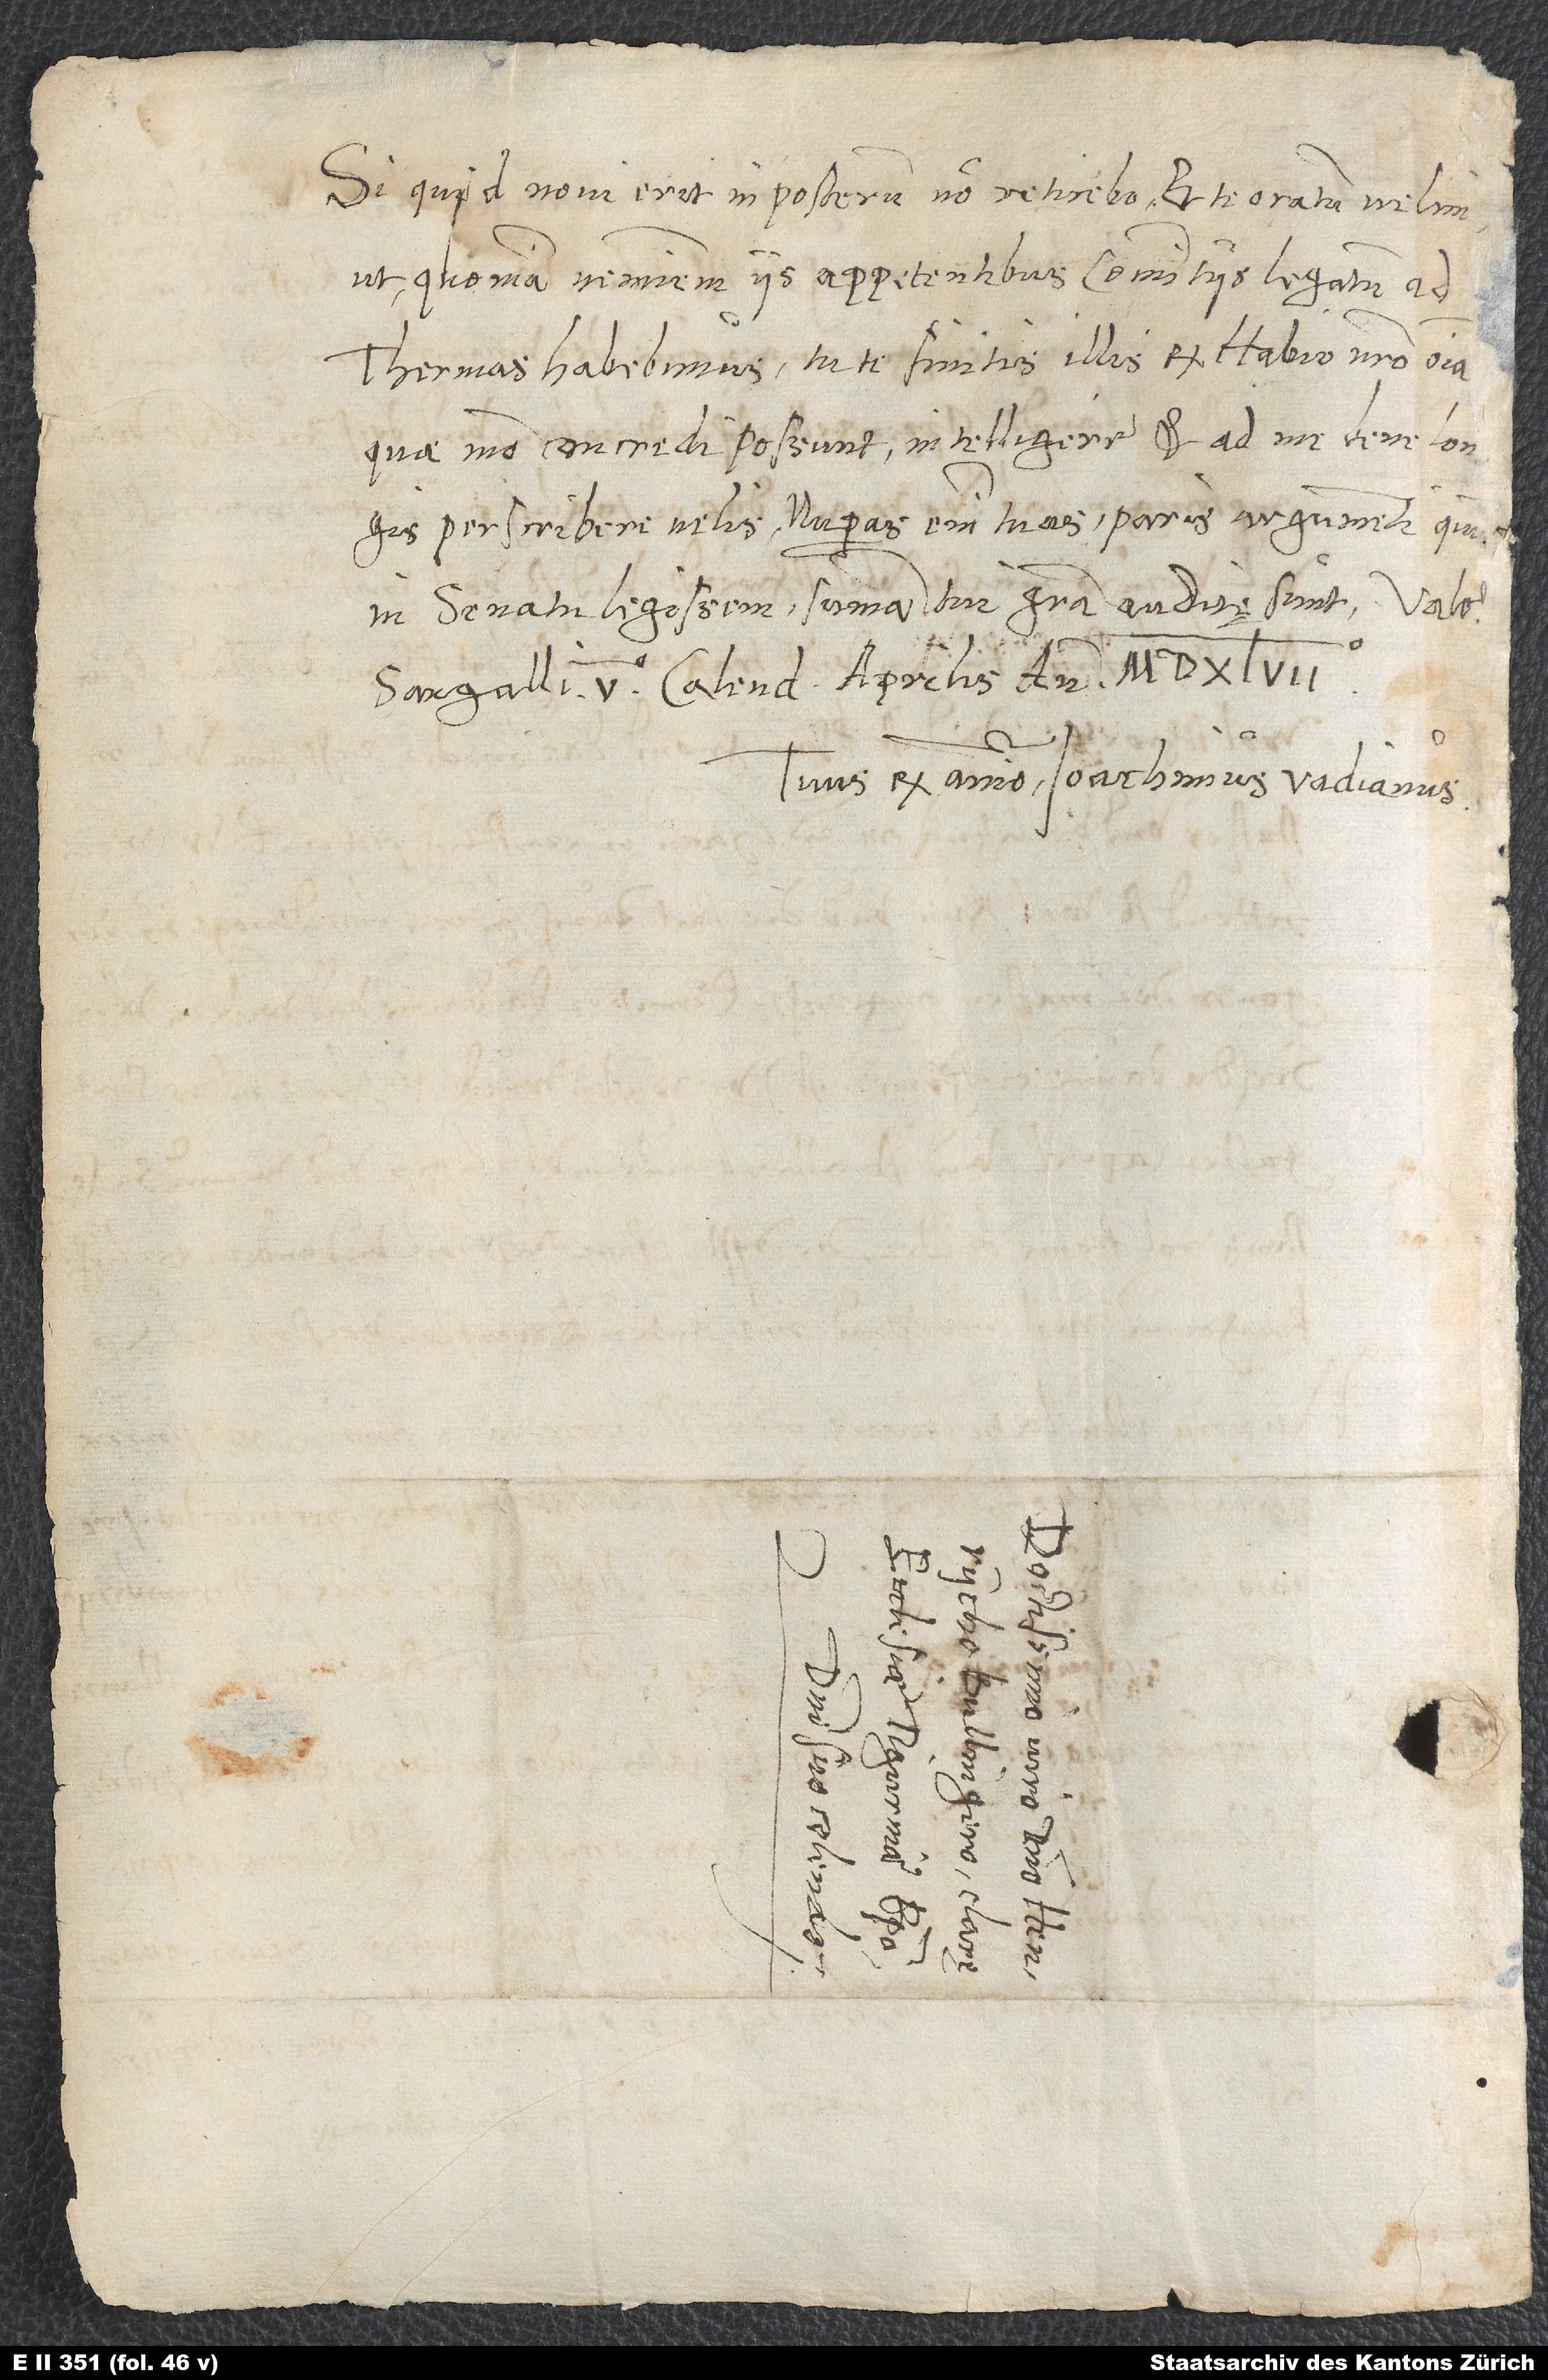
Si quid novi erit in posterum, non reticebo et te oratum velim,
ut, quoniam neminem iis appetentibus commitiis legatum ad
Thermas habebimus, tu te finitis illis ex Habio nostro omnia,
quae modo concredi possunt, intelligere et ad me bene longis
perscribere velis. Nuperas enim tuas paris argumenti, quum
in senatu legissem, summa tui gratia auditę sunt.
Sangalli, 5. calendas aprilis, anno 1547.
Tuus ex animo Ioachimus Vadianus.
D.
S.